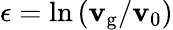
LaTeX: \epsilon=\ln{(\mathbf{v}_{\mathrm{{g}}}/\mathbf{v}_{0})}